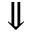
\Downarrow